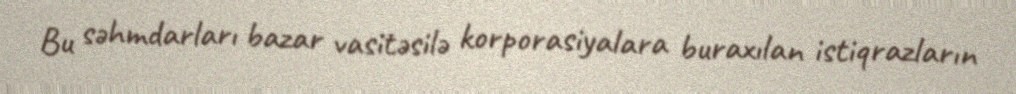
Bu səhmdarları bazar vasitəsilə korporasiyalara buraxılan istiqrazların